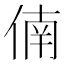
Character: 㑲